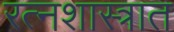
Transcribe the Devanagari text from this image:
रत्नशास्त्रात